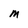
Character: M